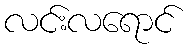
လင်းလရောင်